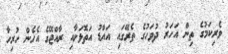
ވެރިކަމުގެ ތިން އަހަރު ދުވަހުގެ ތެރޭގައި އައްޑު އަތޮޅަށާއި ރާއްޖޭގެ އެހެން ހުރިހާ